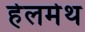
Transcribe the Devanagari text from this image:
हेलमेथ